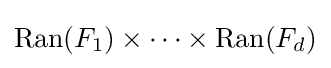
\operatorname {Ran} (F_{1})\times \cdots \times \operatorname {Ran} (F_{d})